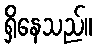
ရှိနေသည်။